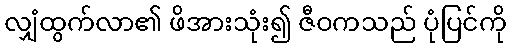
လျှံထွက်လာ၏ ဖိအားသုံး၍ ဇီဝကသည် ပုံပြင်ကို